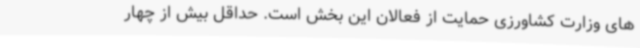
های وزارت کشاورزی حمایت از فعالان این بخش است. حداقل بیش از چهار